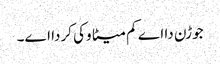
جوڑن دا اے کم میٹا وکی کردا اے۔